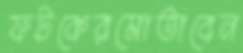
ফটকেরমোতাবেন